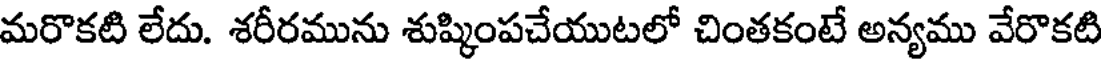
మరొకటి లేదు. శరీరమును శుష్కింపచేయుటలో చింతకంటే అన్యము వేరొకటి